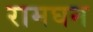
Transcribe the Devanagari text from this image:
रामघन